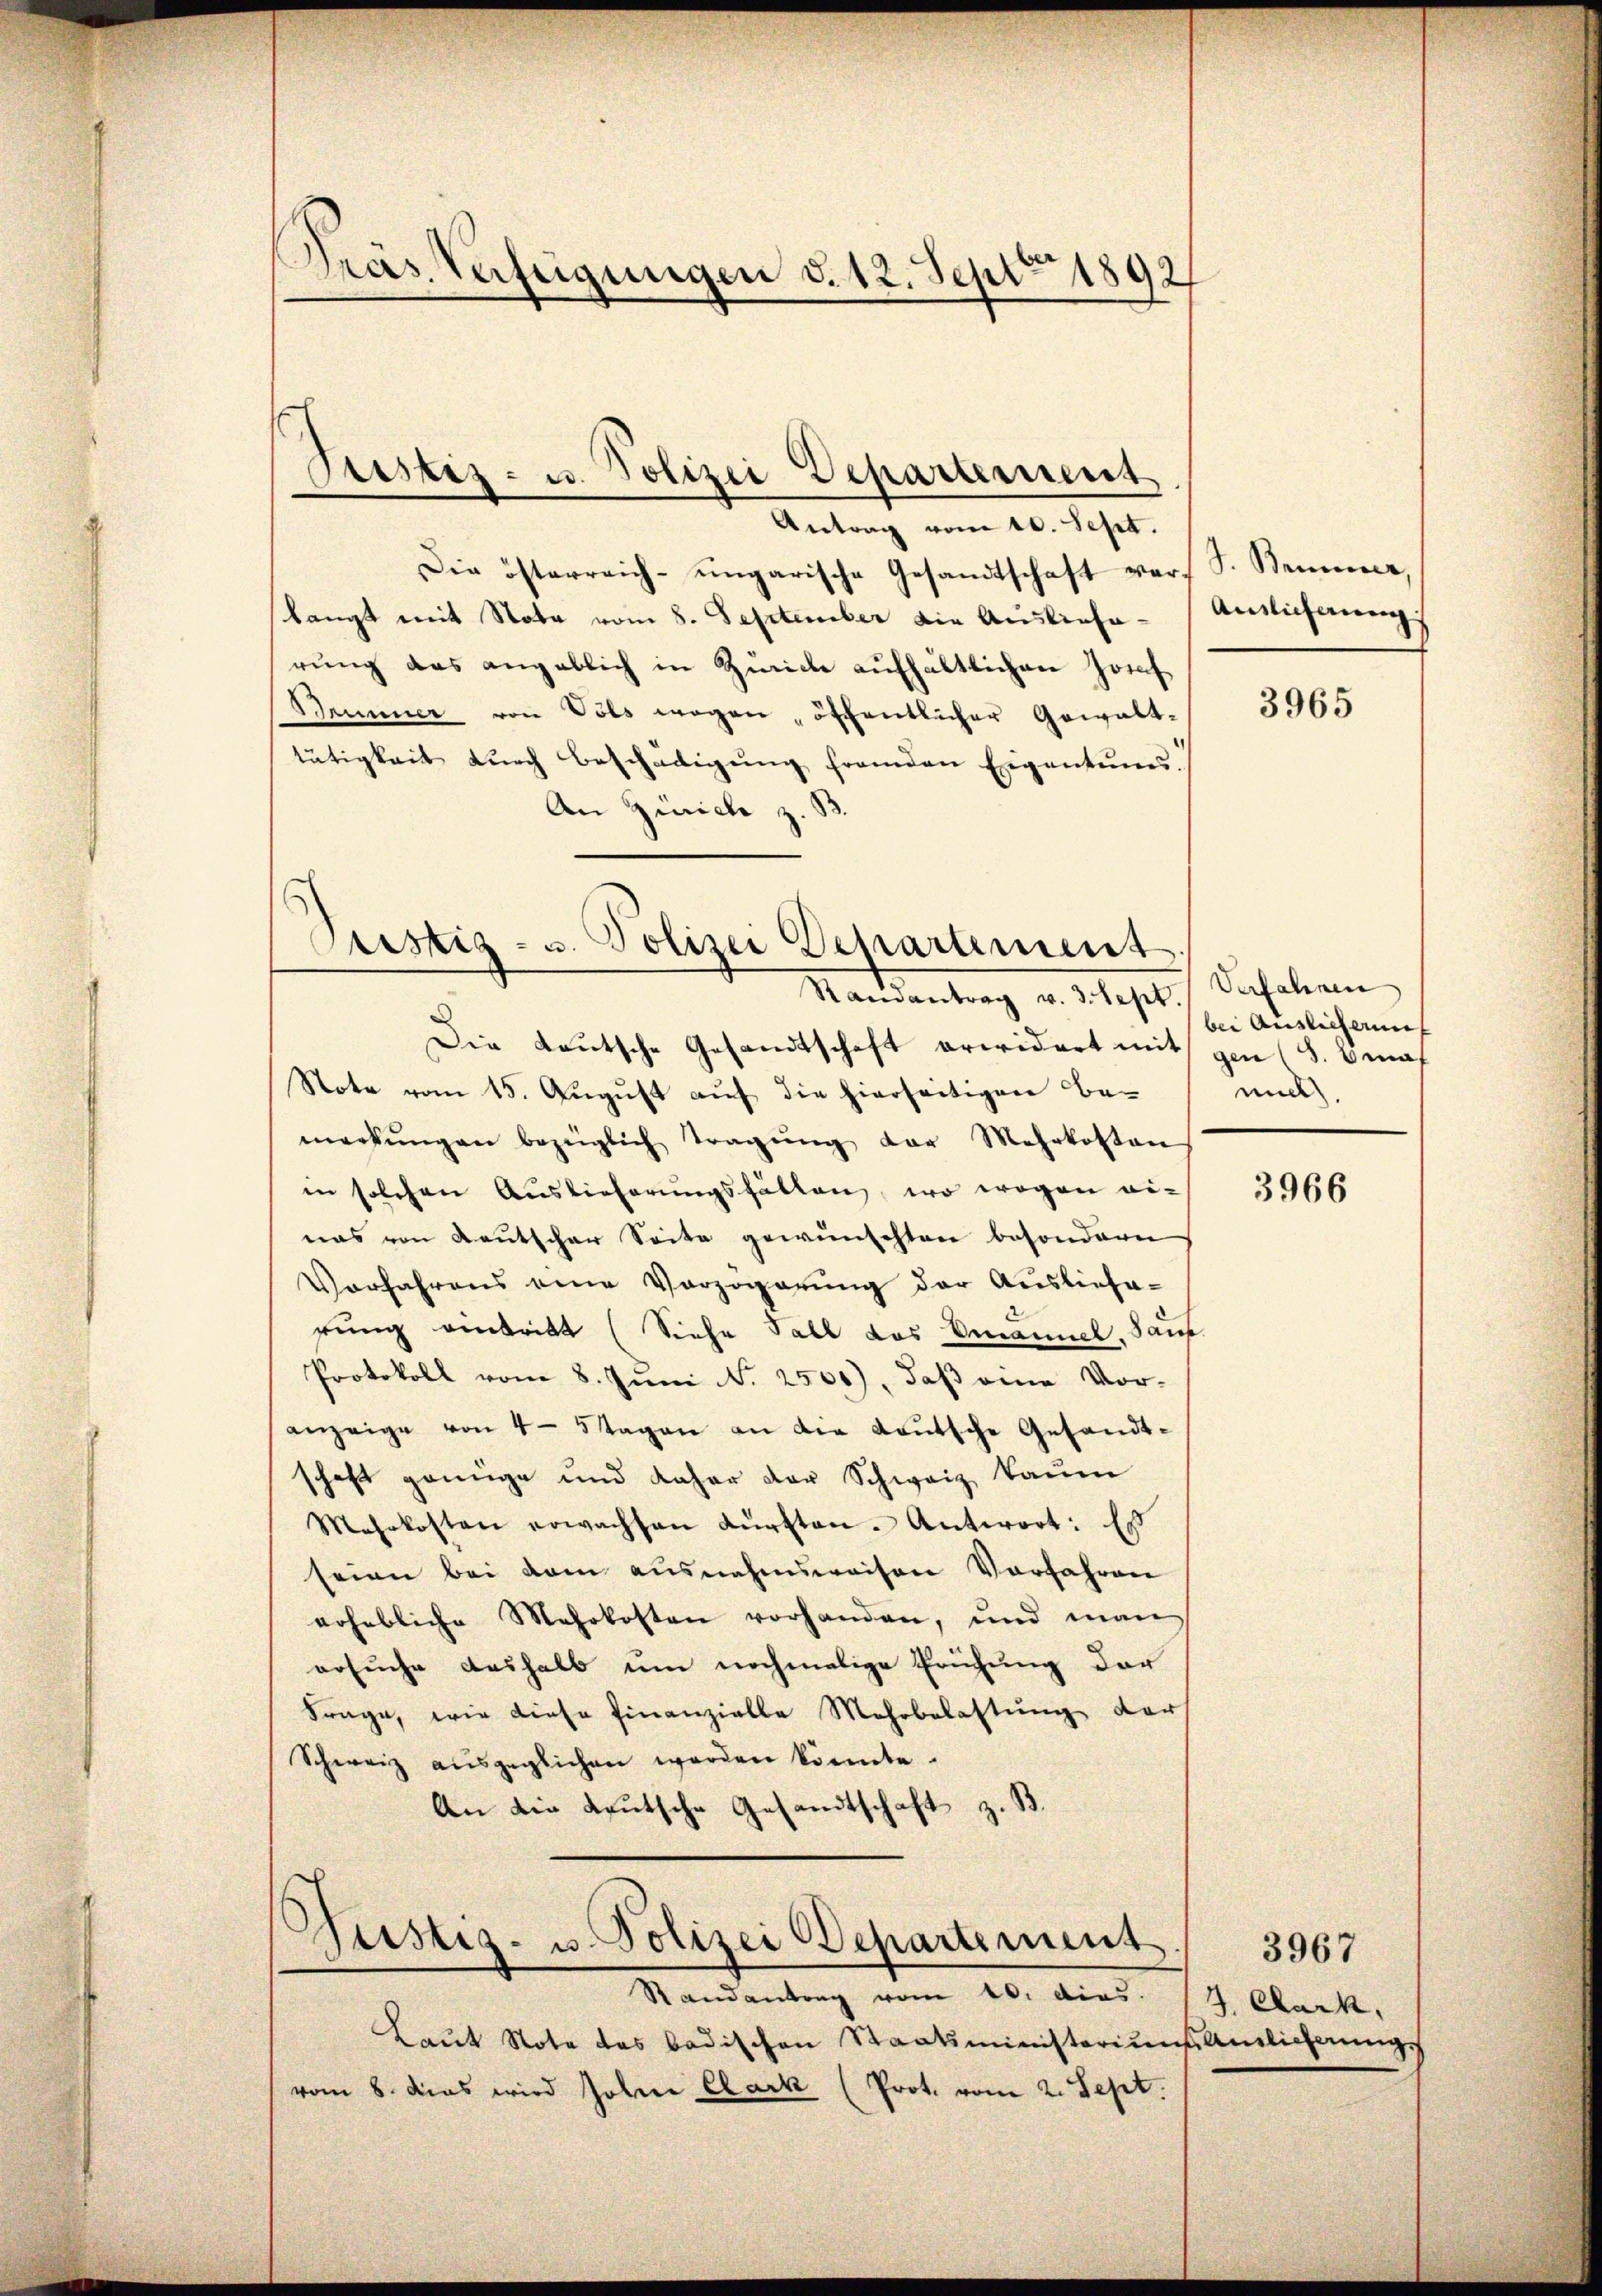
Dräs Verfügungen d. 12. Sept 1892

Die österreich-ungarische Gesandtschaft vors S. Beimer,
slangt mit Nota vom 8. September die Auslieferung das angeblich in Zürich aufhältlichen Josef
Brunner von Sols wegen, öffentlicher Gewalttätigkeit dŭrch Beschädigŭng fremden Eigentums.
An Zürich z. S

Justiz- u. Polizei Departement
Antrag vom 10. Sept.

Pristiz- u. Polizei Departement
Ramantrag v. 3. Sept.

Die teutsche Gesandtschaft erwidert mit gen (S. Benaf
Note vom 15. Aŭgŭst auf die hierseitigen Be-
merkŭngen bezüglich tragŭng der Mehrkosten
in solchen Auslieferungsfällen, wo wegen ei-
nas von Kautscher Seite gewünschten besondern
Vorfahrens eine Vorzogerŭng der Ausliefe-
rung eintritt (Siehe Fall das Emanuel. Sauf
Protokoll vom 8. Juni N. 2500), daβ eine Vor-
anzeige von 4 - 5 Tagen an die Loŭtsche Gesandt-
schaft genüge und daher der Schweiz kaum
Mehrkosten erwachsen Fürsten - Antwort: Es
seien bei dem ausnahmsweisen Vorfahren
erhebliche Mehrkosten vorhanden, und man
ersuche deshalb um nochmalige Prüfung der
Frage, wie diese Finanzielle Mehrbelastung darf
Schweiz ausgeglichen werden könnte.
An die Leutsche Gesandtschaft z. B.

)
Justiz- u. Polizei Departement
Randantrag vom 20. dies

Laŭt Note das badischen Staatsministeriums Amtlicherungs
vom 8. das wird sohne Clark (Prot. vom 2. Sept.

Auslichnung

3965

Verfahnen
bei Auslicherung
mil.

3966

J. Cark,

3967